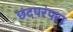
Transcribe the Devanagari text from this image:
छंदपरंपरा